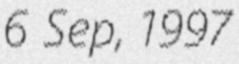
6 Sep, 1997